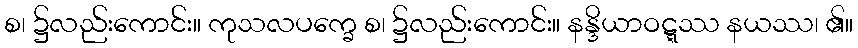
စ၊ ၌လည်းကောင်း။ ကုသလပက္ခေ စ၊ ၌လည်းကောင်း။ နန္ဒိယာဝဋ္ဋဿ နယဿ၊ ၏။